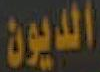
الديون